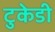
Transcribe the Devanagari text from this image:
टुकेडी